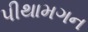
પીથામગન